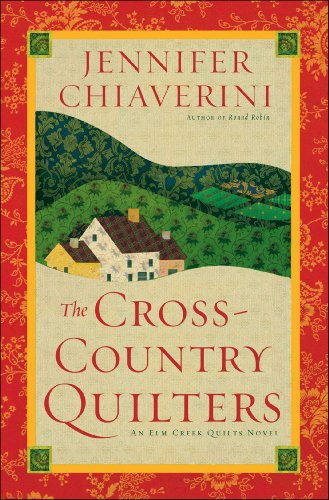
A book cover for The Cross-Country Quilters: An Elm Creek Quilts Novel (The Elm Creek Quilts); Jennifer Chiaverini; Literature & Fiction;